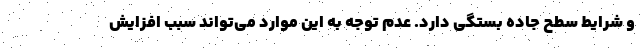
و شرایط سطح جاده بستگی دارد. عدم توجه به این موارد می‌تواند سبب افزایش